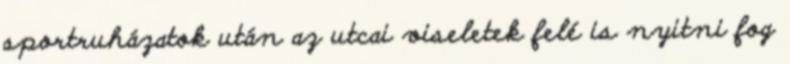
sportruházatok után az utcai viseletek felé is nyitni fog